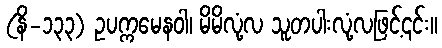
(နိ-၁၃၃) ဥပက္ကမေနဝါ၊ မိမိလုံ့လ သူတပါးလုံ့လဖြင့်၎င်း။